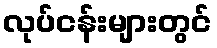
လုပ်ငန်းများတွင်